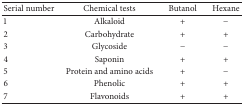
<table><thead><tr><td><b>Serial number</b></td><td><b>Chemical tests</b></td><td><b>Butanol</b></td><td><b>Hexane</b></td></tr></thead><tbody><tr><td>1</td><td>Alkaloid</td><td>+</td><td>−</td></tr><tr><td>2</td><td>Carbohydrate </td><td>+</td><td>+</td></tr><tr><td>3</td><td>Glycoside </td><td>−</td><td>−</td></tr><tr><td>4</td><td>Saponin </td><td>+</td><td>+</td></tr><tr><td>5</td><td>Protein and amino acids</td><td>+</td><td>−</td></tr><tr><td>6</td><td>Phenolic </td><td>+</td><td>+</td></tr><tr><td>7</td><td>Flavonoids </td><td>+</td><td>+</td></tr></tbody></table>